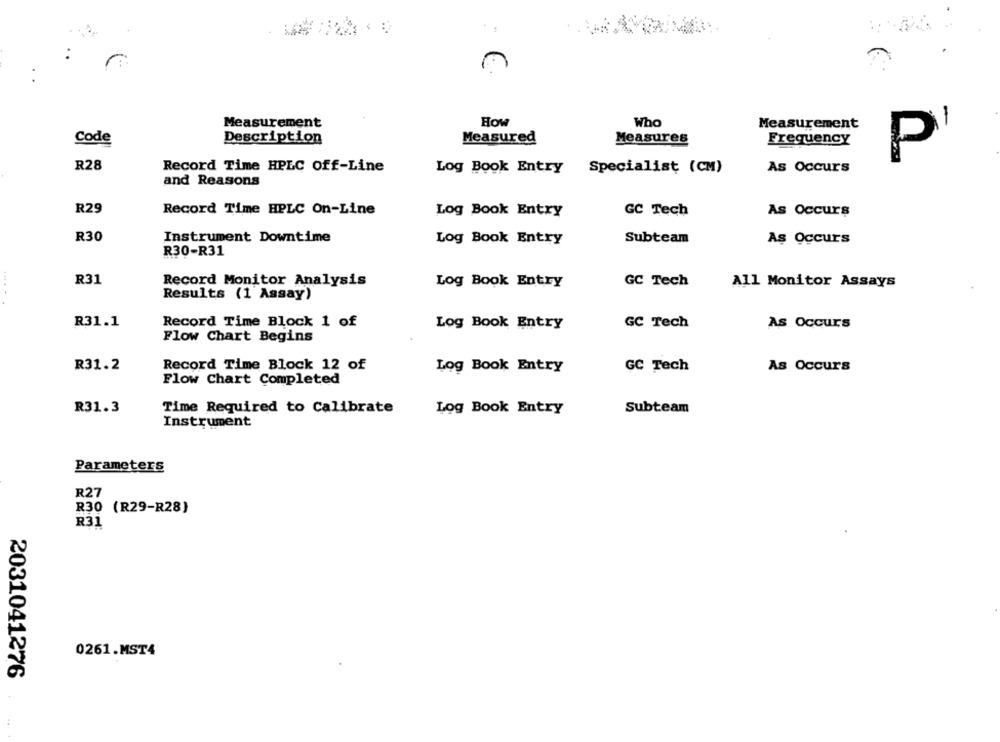
Measurement
How
Who
Measurement
Code
Description
Measured
Measures
Frequency
P'
R28
Record Time HPLC Off-Line
Log Book Entry
Specialist (CM)
As Occurs
and Reasons
R29
Record Time HPLC On-Line
Log Book Entry
GC Tech
As Occurs
R30
Instrument Downtime
Log Book Entry
Subteam
As Occurs
R30-R31
R31
Record Monitor Analysis
Log Book Entry
GC Tech
All Monitor Assays
.....
Results (1 Assay)
R31.1
Record Time Block 1 of
Log Book Entry
GC Tech
As Occurs
Flow Chart Begins
R31.2
Record Time Block 12 of
Log Book Entry
GC Tech
As Occurs
Flow Chart Completed
R31.3
Time Required to Calibrate
Log Book Entry
Subteam
Instrument
Parameters
R27
R30 (R29-R28)
R31
0261.MST4
2031041276